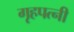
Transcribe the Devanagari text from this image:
गृहपत्नी